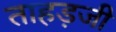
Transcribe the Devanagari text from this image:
ताहड़जी